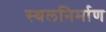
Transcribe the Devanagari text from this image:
स्थलनिर्माण